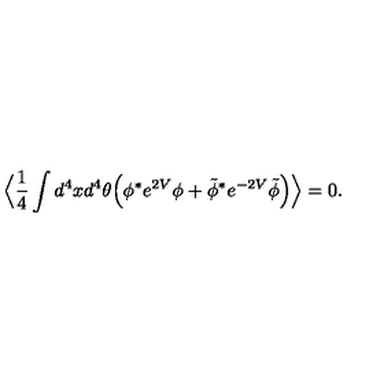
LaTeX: \Big \langle \frac { 1 } { 4 } \int d ^ { 4 } x d ^ { 4 } \theta \Big ( \phi ^ { * } e ^ { 2 V } \phi + \tilde { \phi } ^ { * } e ^ { - 2 V } \tilde { \phi } \Big ) \Big \rangle = 0 .